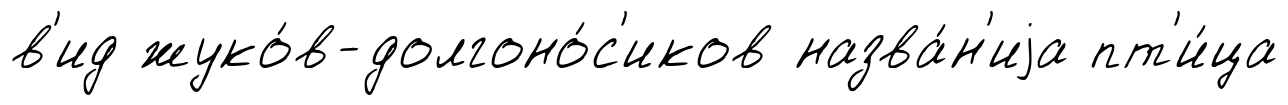
в'ид жуко́в-долгоно́с'иков назва́н'иjа пт'и́ца